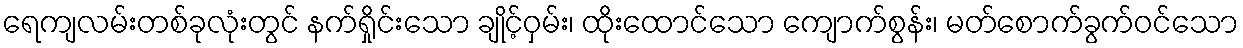
ရေကျလမ်းတစ်ခုလုံးတွင် နက်ရှိုင်းသော ချိုင့်ဝှမ်း၊ ထိုးထောင်သော ကျောက်စွန်း၊ မတ်စောက်ခွက်ဝင်သော